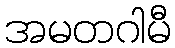
အမတဂါမီ